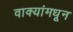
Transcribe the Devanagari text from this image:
वाक्यांमधून